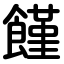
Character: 饉